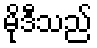
မိုဒီသည်